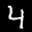
Label: 4